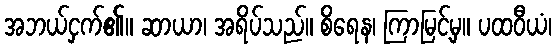
အဘယ်ငှက်၏။ ဆာယာ၊ အရိပ်သည်။ စိရေန၊ ကြာမြင့်မှ။ ပထဝီယံ၊